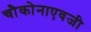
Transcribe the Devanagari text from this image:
चौकोनाएवजी